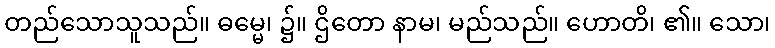
တည်သောသူသည်။ ဓမ္မေ၊ ၌။ ဌိတော နာမ၊ မည်သည်။ ဟောတိ၊ ၏။ သော၊